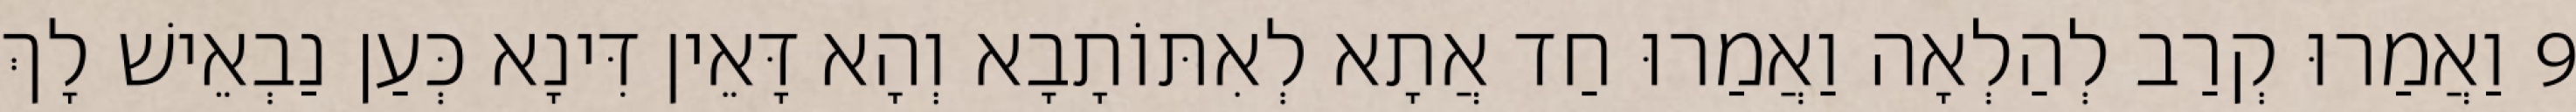
9 וַאֲמַרוּ קְרַב לְהַלְאָה וַאֲמַרוּ חַד אֲתָא לְאִתּוֹתָבָא וְהָא דָּאֵין דִּינָא כְּעַן נַבְאֵישׁ לָךְ